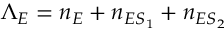
\Lambda _ { E } = n _ { E } + n _ { E S _ { 1 } } + n _ { E S _ { 2 } }